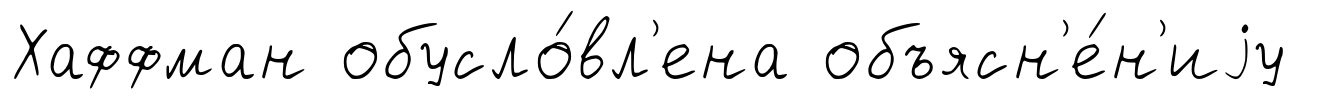
Хаффман обусло́вл'ена объясн'е́н'иjу